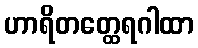
ဟာရိတတ္ထေရဂါထာ